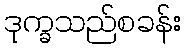
ဒုက္ခသည်စခန်း